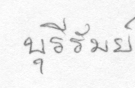
บุรีรัมย์